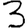
Digit: 3